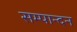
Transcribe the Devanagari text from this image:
सम्पान्दन